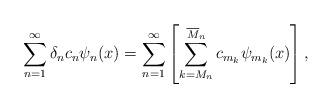
LaTeX: \begin{align*}\sum_{n=1}^\infty\delta_nc_n\psi_n(x)=\sum_{n=1}^\infty\left[\sum_{k=M_n}^{\overline{M}_n}c_{m_k}\psi_{m_k}(x) \right],\end{align*}